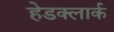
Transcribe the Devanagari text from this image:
हेडक्लार्क